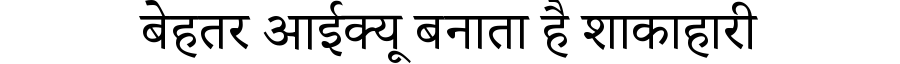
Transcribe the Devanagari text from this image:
बेहतर आईक्यू बनाता है शाकाहारी